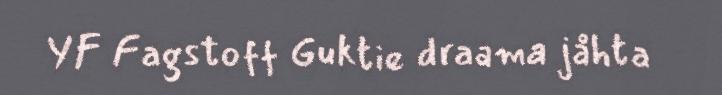
YF Fagstoff Guktie draama jåhta